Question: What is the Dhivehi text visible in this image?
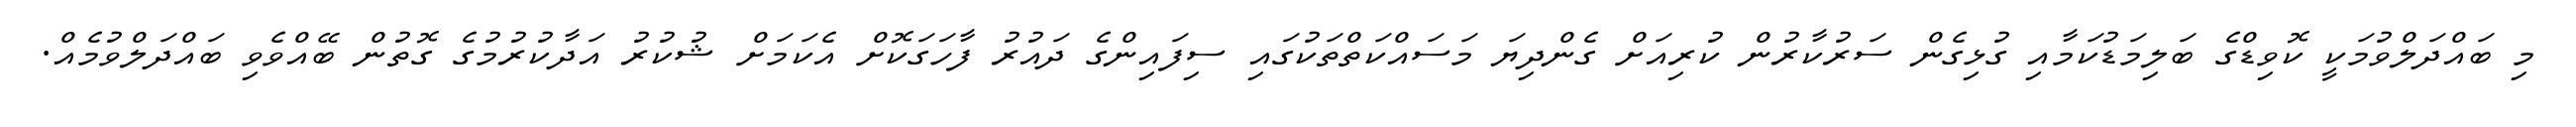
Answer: މި ބައްދަލްވުމަކީ ކޮވިޑްގެ ބަލިމަޑުކަމާއި ގުޅިގެން ސަރުކާރުން ކުރިއަށް ގެންދިޔަ މަސައްކަތްތަކުގައި ސިފައިންގެ ދައުރު ފާހަގަކޮށް އެކަމަށް ޝުކުރު އަދާކުރުމުގެ ގޮތުން ބޭއްވެވި ބައްދަލްވުމެއް.